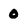
Character: 0